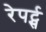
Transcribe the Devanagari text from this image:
रेपर्ट्स